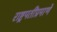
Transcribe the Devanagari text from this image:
राष्ट्रपतींप्रमाणे